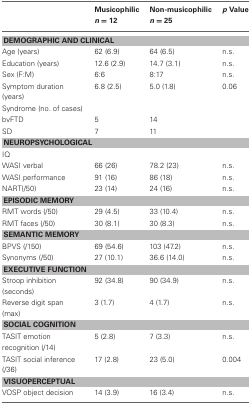
<table><thead><tr><td></td><td><b>Musicophilic <i>n</i> = 12</b></td><td><b>Non-musicophilic <i>n</i> = 25</b></td><td><b><i>p</i> Value</b></td></tr></thead><tbody><tr><td colspan="4"><b>DEMOGRAPHIC AND CLINICAL</b></td></tr><tr><td>Age (years)</td><td>62 (6.9)</td><td>64 (6.5)</td><td>n.s.</td></tr><tr><td>Education (years)</td><td>12.6 (2.9)</td><td>14.7 (3.1)</td><td>n.s.</td></tr><tr><td>Sex (F:M)</td><td>6:6</td><td>8:17</td><td>n.s.</td></tr><tr><td>Symptom duration (years)</td><td>6.8 (2.5)</td><td>5.0 (1.8)</td><td>0.06</td></tr><tr><td>Syndrome (no. of cases)</td><td></td><td></td><td></td></tr><tr><td>bvFTD</td><td>5</td><td>14</td><td></td></tr><tr><td>SD</td><td>7</td><td>11</td><td></td></tr><tr><td colspan="4"><b>NEUROPSYCHOLOGICAL</b></td></tr><tr><td>IQ</td><td></td><td></td><td></td></tr><tr><td>WASI verbal</td><td>66 (26)</td><td>78.2 (23)</td><td>n.s.</td></tr><tr><td>WASI performance</td><td>91 (16)</td><td>86 (18)</td><td>n.s.</td></tr><tr><td>NART(/50)</td><td>23 (14)</td><td>24 (16)</td><td>n.s.</td></tr><tr><td colspan="4"><b>EPISODIC MEMORY</b></td></tr><tr><td>RMT words (/50)</td><td>29 (4.5)</td><td>33 (10.4)</td><td>n.s.</td></tr><tr><td>RMT faces (/50)</td><td>30 (8.1)</td><td>30 (8.3)</td><td>n.s.</td></tr><tr><td colspan="4"><b>SEMANTIC MEMORY</b></td></tr><tr><td>BPVS (/150)</td><td>69 (54.6)</td><td>103 (47.2)</td><td>n.s.</td></tr><tr><td>Synonyms (/50)</td><td>27 (10.1)</td><td>36.6 (14.0)</td><td>n.s.</td></tr><tr><td colspan="4"><b>EXECUTIVE FUNCTION</b></td></tr><tr><td>Stroop inhibition (seconds)</td><td>92 (34.8)</td><td>90 (34.9)</td><td>n.s.</td></tr><tr><td>Reverse digit span (max)</td><td>3 (1.7)</td><td>4 (1.7)</td><td>n.s.</td></tr><tr><td colspan="4"><b>SOCIAL COGNITION</b></td></tr><tr><td>TASIT emotion</td><td>5 (2.8)</td><td>7 (3.3)</td><td>n.s.</td></tr><tr><td>recognition (/14)</td><td></td><td></td><td></td></tr><tr><td>TASIT social inference (/36)</td><td>17 (2.8)</td><td>23 (5.0)</td><td>0.004</td></tr><tr><td colspan="4"><b>VISUOPERCEPTUAL</b></td></tr><tr><td>VOSP object decision</td><td>14 (3.9)</td><td>16 (3.4)</td><td>n.s.</td></tr></tbody></table>